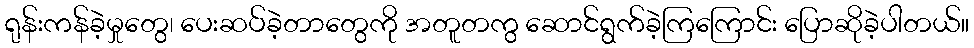
ရုန်းကန်ခဲ့မှုတွေ၊ ပေးဆပ်ခဲ့တာတွေကို အတူတကွ ဆောင်ရွက်ခဲ့ကြကြောင်း ပြောဆိုခဲ့ပါတယ်။